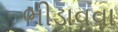
ભીડાવવા